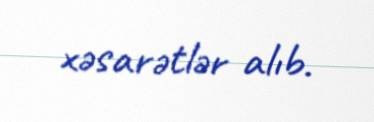
xəsarətlər alıb.